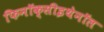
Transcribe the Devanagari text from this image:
फिनॉक्सीइथेनॉल